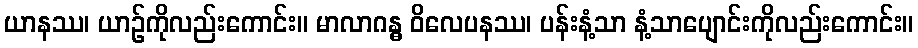
ယာနဿ၊ ယာဉ်ကိုလည်းကောင်း။ မာလာဂန္ဓ ဝိလေပနဿ၊ ပန်းနံ့သာ နံ့သာပျောင်းကိုလည်းကောင်း။